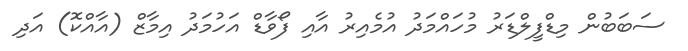
ސަބަބުން މިޑްފީލްޑަރު މުހައްމަދު އުމެއިރު އާއި ފޯވާޑް އަހުމަދު އިމާޒް (އާއްކޮ) އަދި